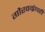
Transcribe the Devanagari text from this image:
गौरवग्रंथही